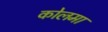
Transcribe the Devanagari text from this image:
कोलमा